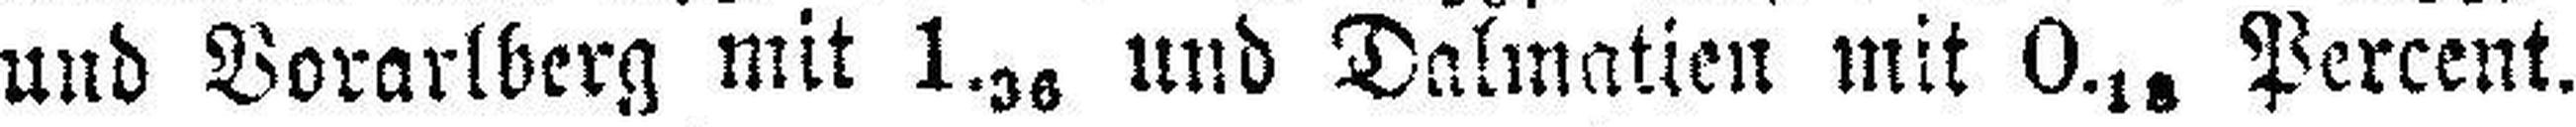
und Vorarlberg mit 1.36 und Dalmatien mit 0.18 Percent.